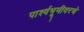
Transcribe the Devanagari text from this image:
पार्श्वभूमीवरचे